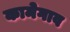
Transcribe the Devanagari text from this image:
कामेगाव